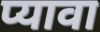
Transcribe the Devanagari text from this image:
प्यावा